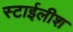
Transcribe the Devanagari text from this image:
स्टाईलीश